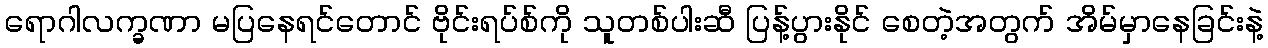
ရောဂါလက္ခဏာ မပြနေရင်တောင် ဗိုင်းရပ်စ်ကို သူတစ်ပါးဆီ ပြန့်ပွားနိုင် စေတဲ့အတွက် အိမ်မှာနေခြင်းနဲ့